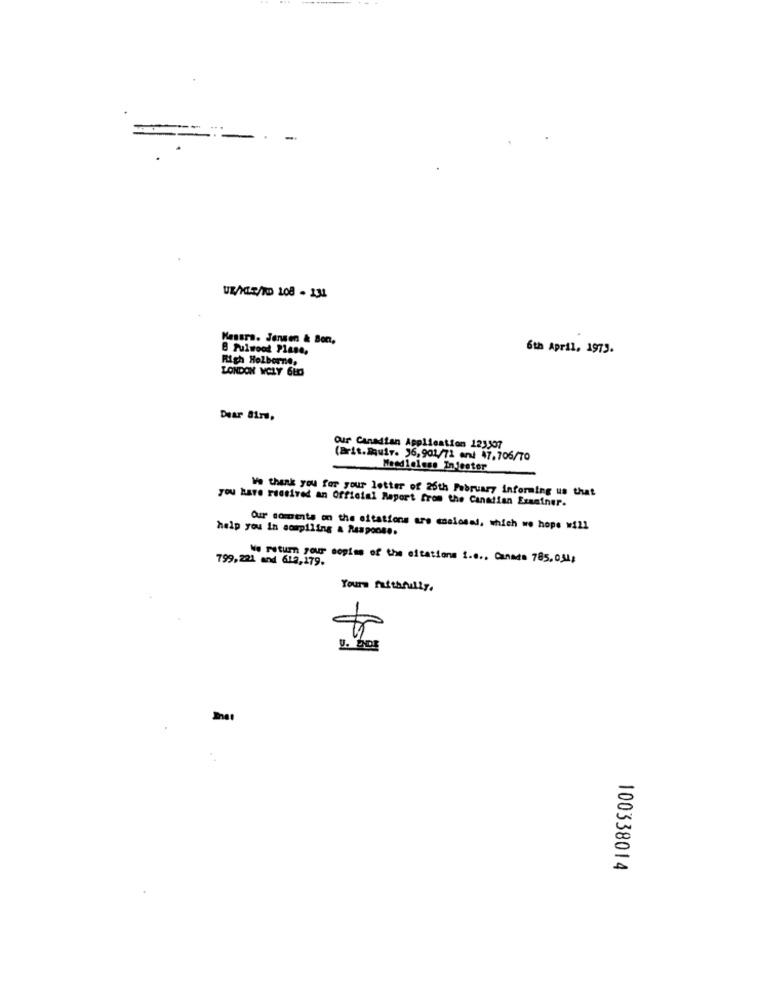
UZ/XLE/TD 108 - 131
Kessra. Jensen & Bon,
B Pulwood Plane,
6th April, 1973.
Righ Holborne,
LONDON WCLY 6HO
Dear Bir,
Our Canadian Application 123507
(Brit.Squir. 56,901/71 art 47.706/70
Mesdloless InJester
We thank you for your letter of 26th February informing us that
you have received an Official Report from the Canadian Examiner.
help you in sompiling & Response.
Our coments on the eitations are maalosad, which we hope will
799,221 and 612,179.
No return your sopim of the citations S.e ., Canada 785.034;
Yours faithfully.
100338014